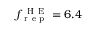
f _ { \mathrm { ~ r ~ e ~ p ~ } } ^ { \mathrm { ~ H ~ E ~ } } = 6 . 4